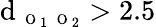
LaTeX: \textrm{d}_{\mathrm{~\scriptsize~O~}_{1}\mathrm{~\scriptsize~O~}_{2}}>2.5